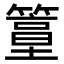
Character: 𥴀